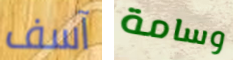
آسف وسامة